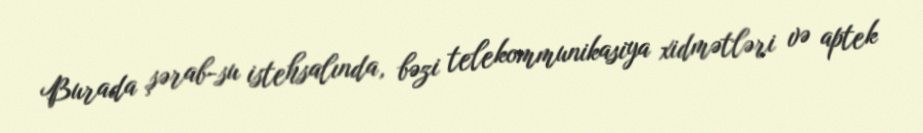
Burada şərab-su istehsalında, bəzi telekommunikasiya xidmətləri və aptek